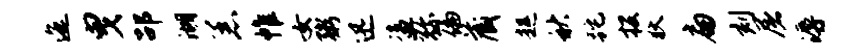
迤曳劭湖恙帷女粥迅盗弥偏藏趄秋跎投狄扁刻屠溽